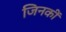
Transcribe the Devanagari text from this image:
जिनकीं